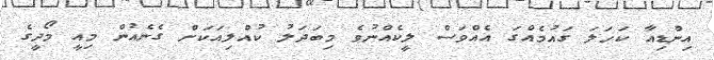
އިންޑިއާ ކަހަލަ ގައުމެއްގަ އެއްވަސް ލީކެއްނުވެ މިބަދަލު ކުއްލިއަކަށް ގެނެއުން މިއީ މޯދީގެ